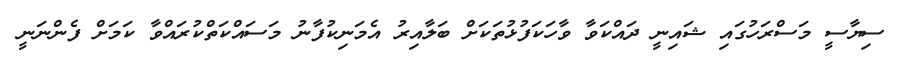
ސިޔާސީ މަސްރަހުގައި ޝައިނީ ދައްކަވާ ވާހަކަފުޅުތަކަށް ބަލާއިރު އެމަނިކުފާނު މަސައްކަތްކުރައްވާ ކަމަށް ފެންނަނީ